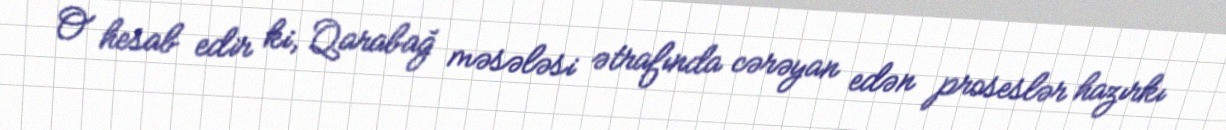
O hesab edir ki, Qarabağ məsələsi ətrafında cərəyan edən proseslər hazırkı